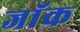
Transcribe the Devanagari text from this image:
जाॅक